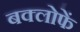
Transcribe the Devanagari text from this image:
बक्लोफें